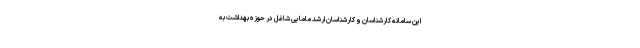
این سامانه کارشناسان و کارشناسان ارشد مامایی شاغل در حوزه بهداشت به